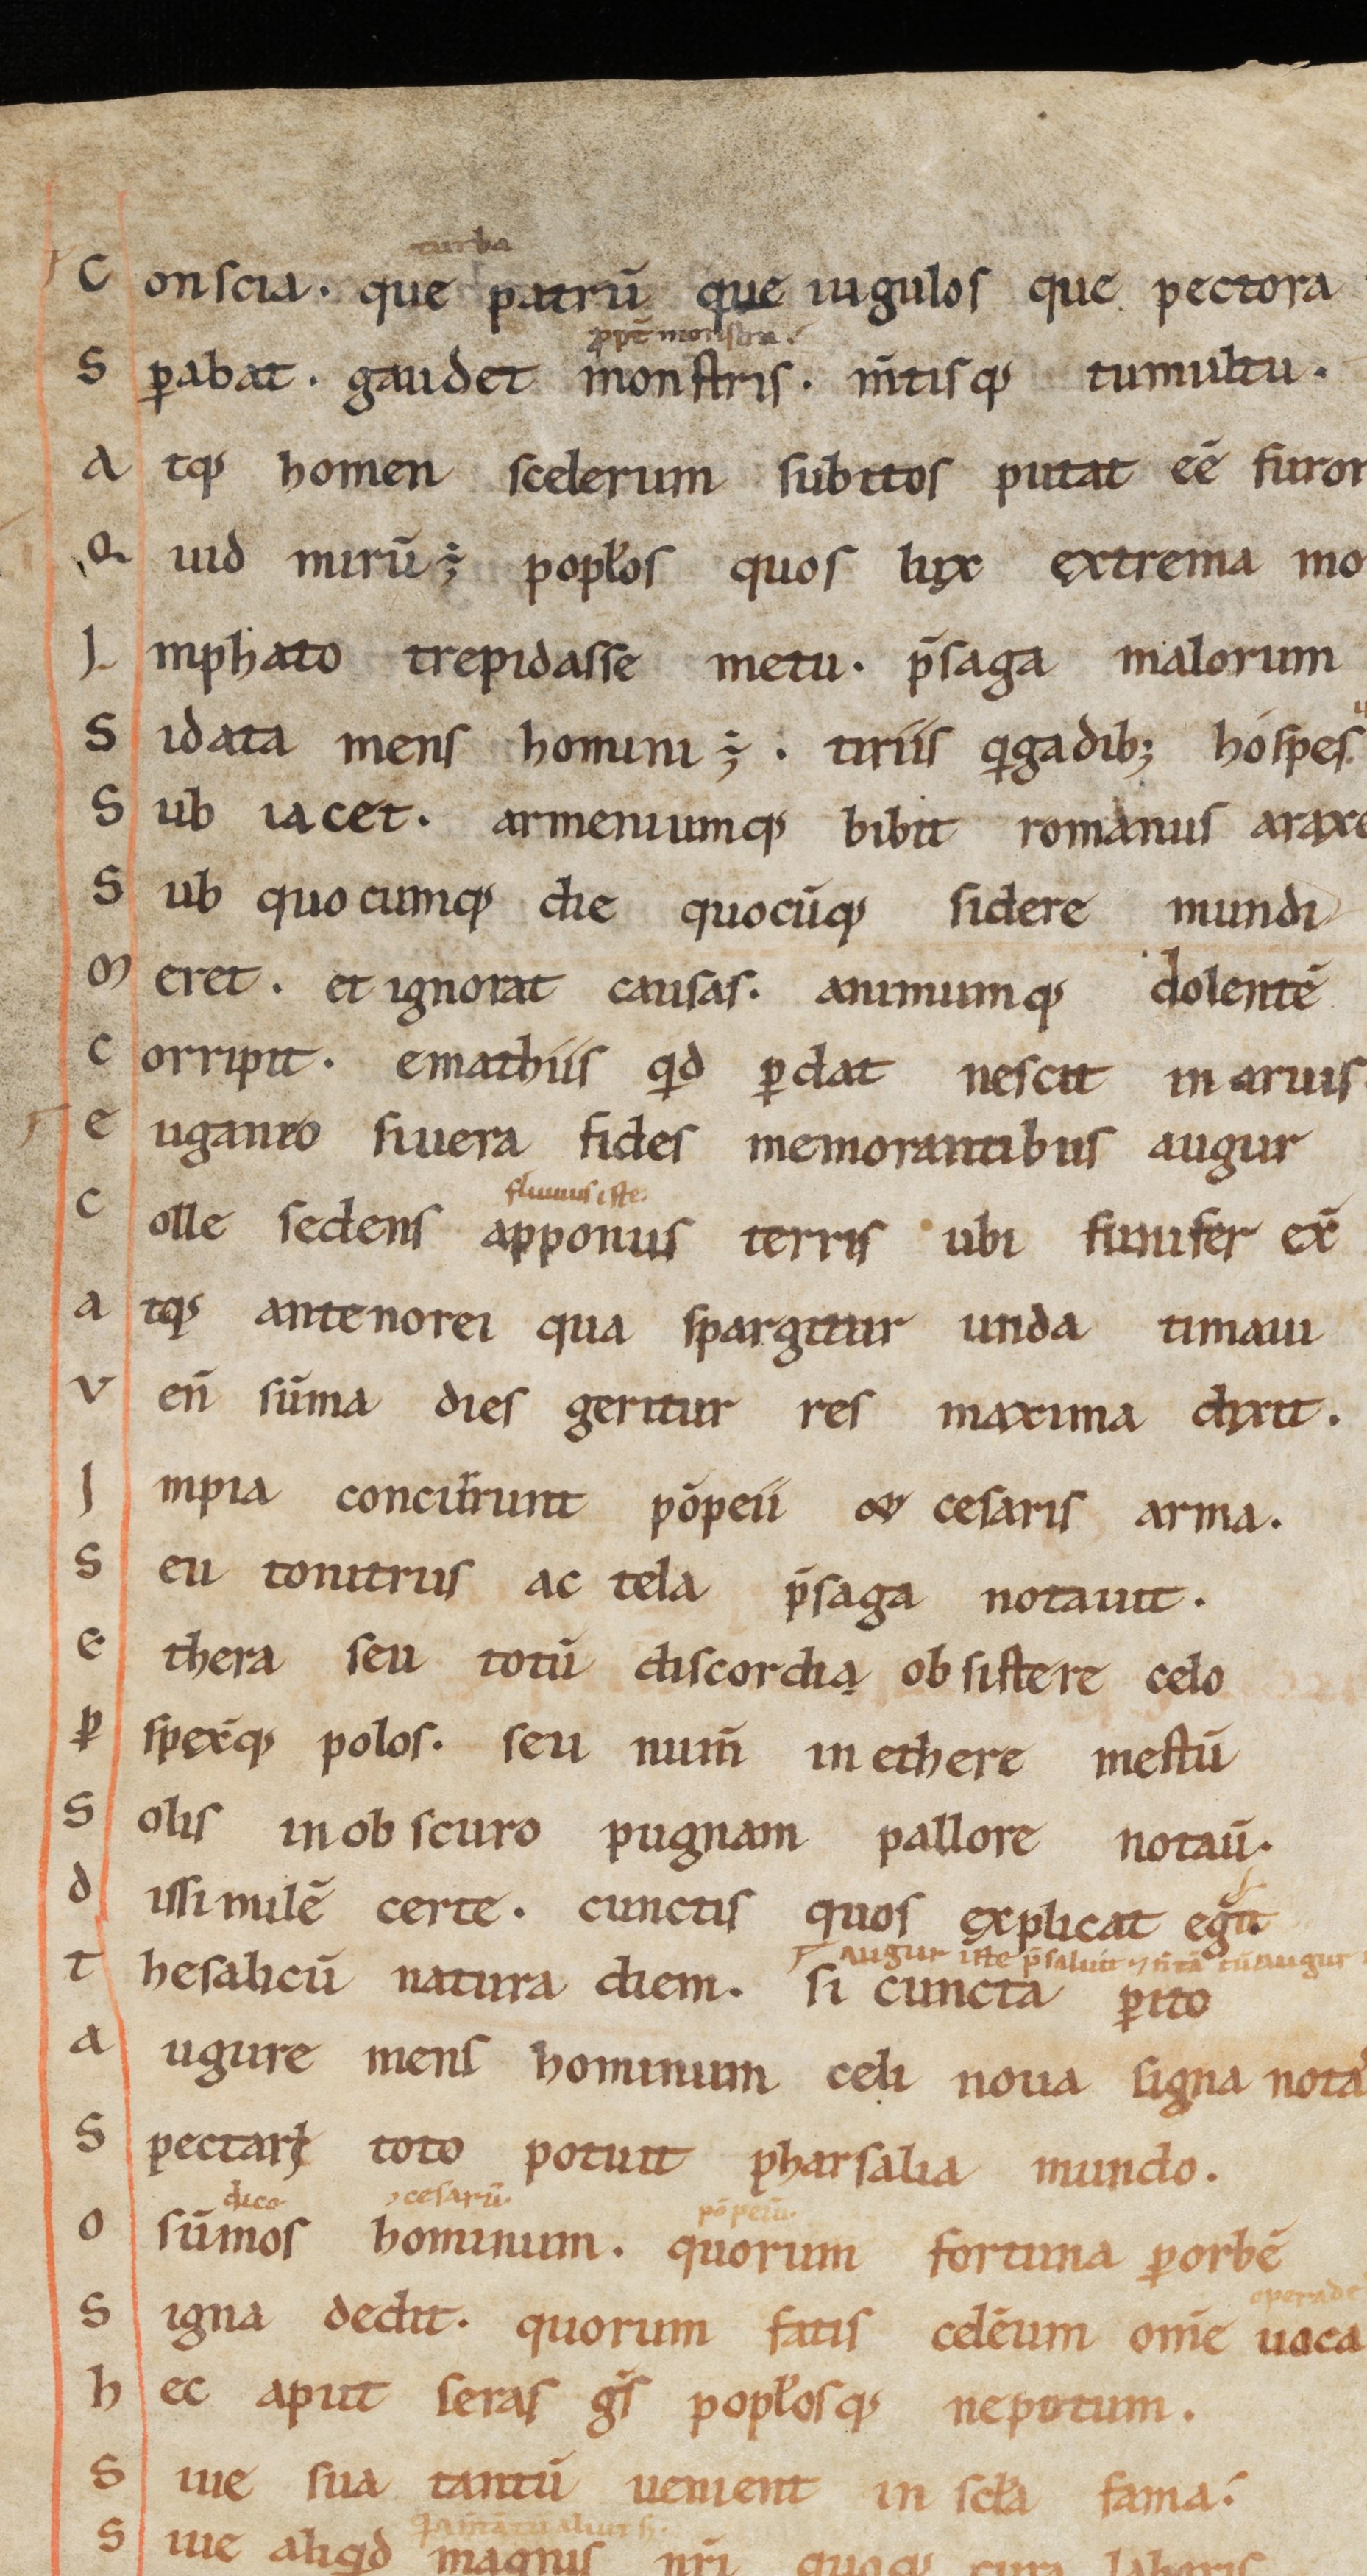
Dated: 1000–1099